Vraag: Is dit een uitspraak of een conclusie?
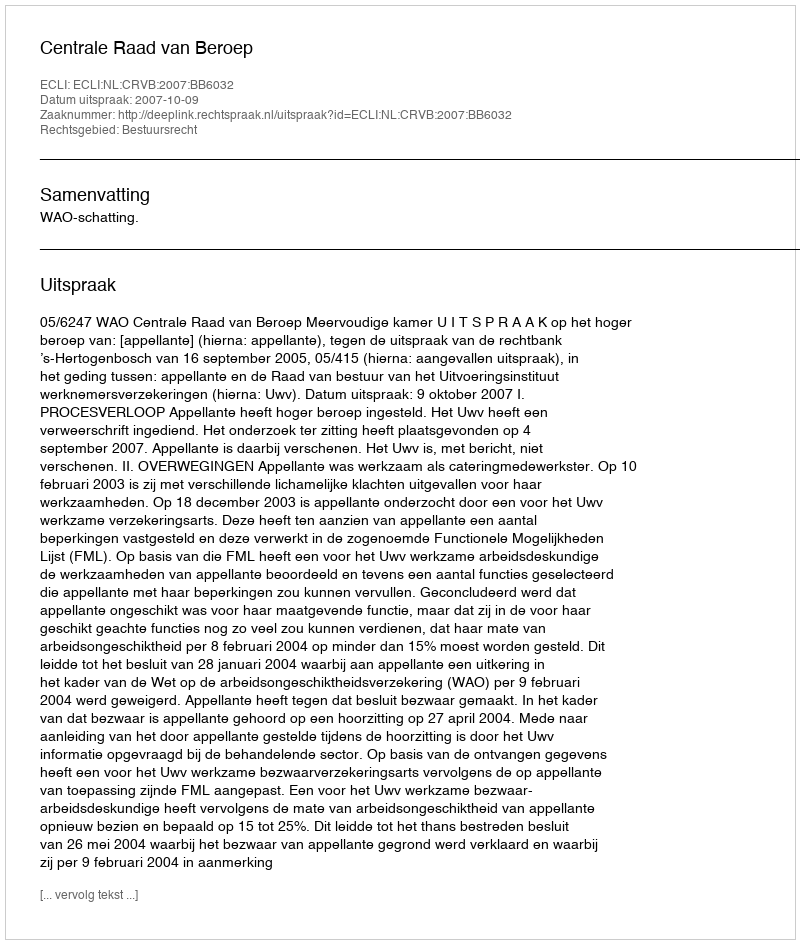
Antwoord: Uitspraak